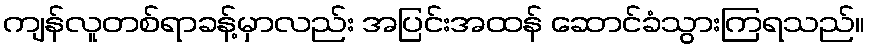
ကျန်လူတစ်ရာခန့်မှာလည်း အပြင်းအထန် ဆောင်ခံသွားကြရသည်။